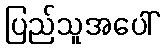
ပြည်သူအပေါ်